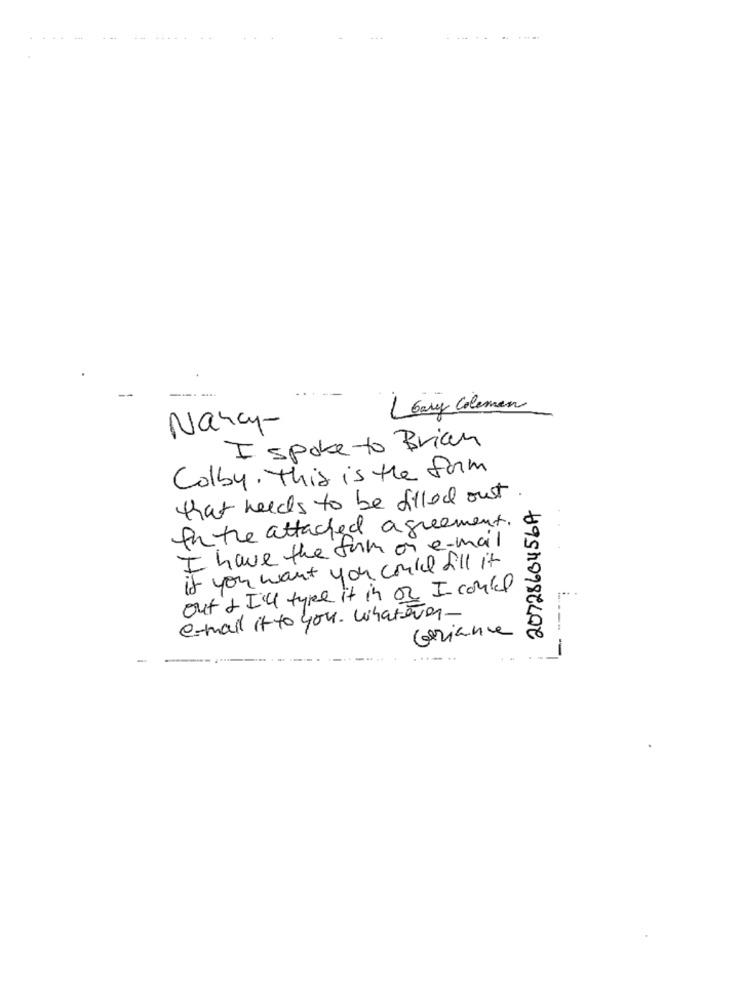
LGary Coleman
Nancy-
I spoke to Brian
Colby . This is the form
that needs to be filled out
2072860456A
In the attached agreement.
I have the turn on e-mail
if you want you could fill it
out + I'll tyre it in or I could
e-mail it to you. Whatever-
---
Geriance
-